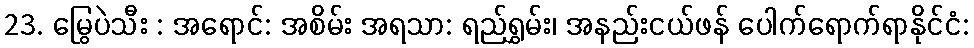
23. မြွေပဲသီး : အရောင်: အစိမ်း အရသာ: ရည်ရွှမ်း၊ အနည်းငယ်ဖန် ပေါက်ရောက်ရာနိုင်ငံ: